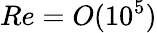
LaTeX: Re=O(10^{5})